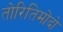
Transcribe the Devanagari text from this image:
तोरितिमोंदो